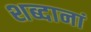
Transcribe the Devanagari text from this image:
शब्दानां